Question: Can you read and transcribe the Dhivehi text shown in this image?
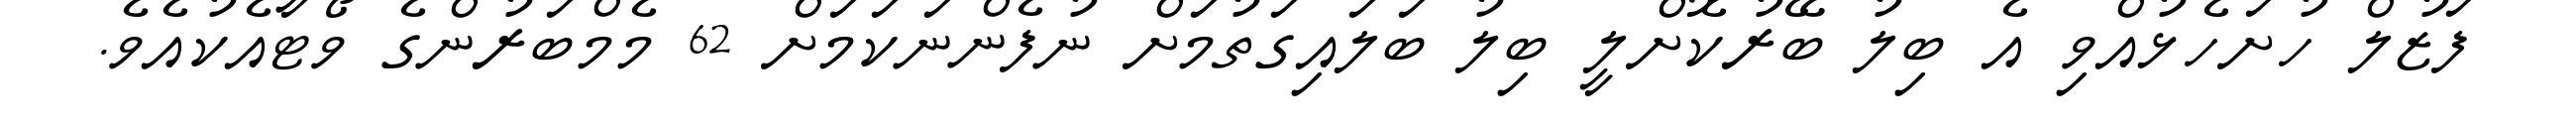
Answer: ފަޒުލް ހުށަހެޅުއްވި އެ ބިލު ބޭރުކޮށްލީ ބިލު ބަލައިގަތުމަށް ނުފެންނަކަމަށް 62 މެމްބަރުންގެ ވޯޓާއެކުއެވެ.